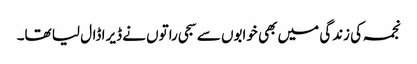
نجمہ کی زندگی میں بھی خوابوں سے سجی راتوں نے ڈیرا ڈال لیا تھا۔